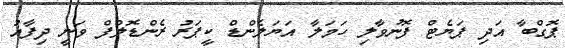
ޕޮގްބާ އަދި ޕަޔެޓް ފޮނުވާލި ހަމަލާ އަޔަލެންޑް ކީޕަރު ރެންޑޮލްފް ވަނީ ދިފާއު